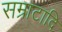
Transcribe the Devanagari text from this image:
सम्राटादि